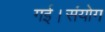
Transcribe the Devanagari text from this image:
गई।संयोग